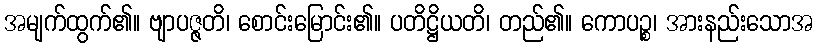
အမျက်ထွက်၏။ ဗျာပဇ္ဇတိ၊ စောင်းမြောင်း၏။ ပတိဋ္ဌိယတိ၊ တည်၏။ ကောပဉ္စ၊ အားနည်းသောအ